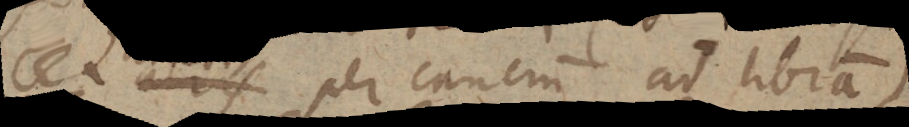
cet per Cancrum ad Libram)